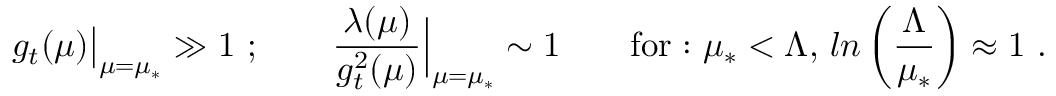
g _ { t } ( \mu ) { \big | } _ { \mu = \mu _ { \ast } } \gg 1 \ ; \qquad \frac { \lambda ( \mu ) } { g _ { t } ^ { 2 } ( \mu ) } { \Big | } _ { \mu = \mu _ { \ast } } \sim 1 \qquad \mathrm { f o r : ~ } { \mu } _ { \ast } < { \Lambda } , \, l n \left( \frac { { \Lambda } } { { \mu } _ { \ast } } \right) \approx 1 \ .